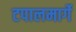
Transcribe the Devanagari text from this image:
टपालमार्गे